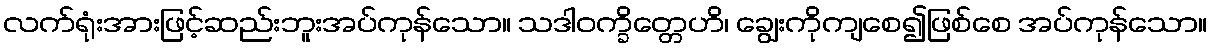
လက်ရုံးအားဖြင့်ဆည်းဘူးအပ်ကုန်သော။ သဒါဝက္ခိတ္တေဟိ၊ ချွေးကိုကျစေ၍ဖြစ်စေ အပ်ကုန်သော။